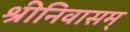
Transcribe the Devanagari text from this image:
श्रीनिवासम्‌